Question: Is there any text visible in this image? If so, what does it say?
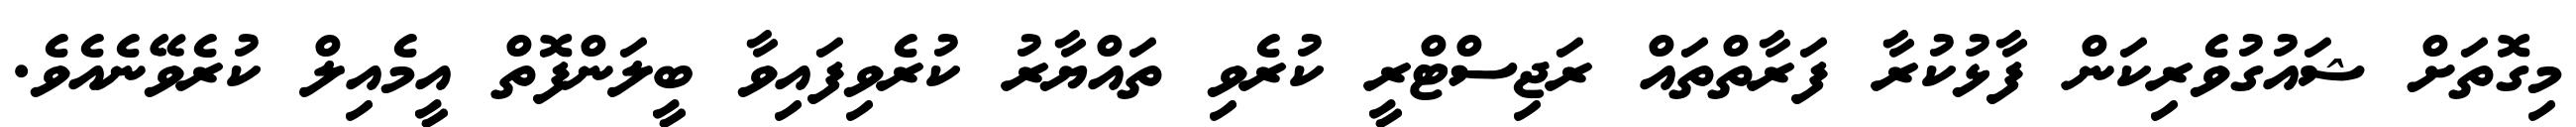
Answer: މިގޮތަށް ޝައުގުވެރިކަން ފާޅުކުރާ ފަރާތްތައް ރަޖިސްޓްރީ ކުރެވި ތައްޔާރު ކުރެވިފައިވާ ބީލަންފޮތް އީމެއިލް ކުރެވޭނެއެވެ.